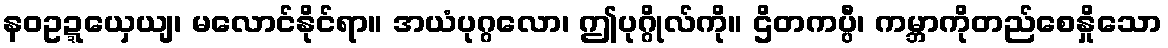
နဝဥဍ္ဍယှေယျ၊ မလောင်နိုင်ရာ။ အယံပုဂ္ဂလော၊ ဤပုဂ္ဂိုလ်ကို။ ဌိတကပ္ပီ၊ ကမ္ဘာကိုတည်စေနှိုသော